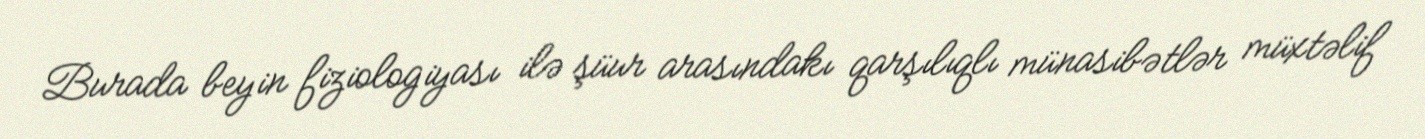
Burada beyin fiziologiyası ilə şüur arasındakı qarşılıqlı münasibətlər müxtəlif